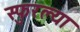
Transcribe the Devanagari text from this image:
स्फुरल्या